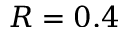
R = 0 . 4